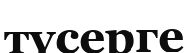
түсерге